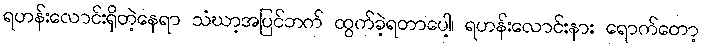
ရဟန်းလောင်းရှိတဲ့နေရာ သံဃာ့အပြင်ဘက် ထွက်ခဲ့ရတာပေါ့၊ ရဟန်းလောင်းနား ရောက်တော့